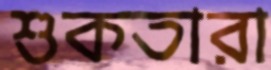
শুকতারা